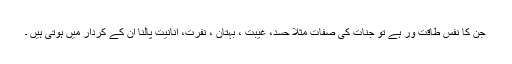
جن کا نفس طاقت ور ہے تو جنات کی صفات مثلا حسد، غیبت ، بہتان ، نفرت، انانیت پالنا ان کے کردار میں ہوتی ہیں ۔